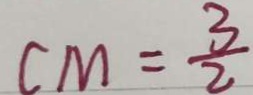
C M = \frac { 3 } { 2 }